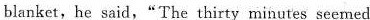
blanket,he said,"The thirty minutes seemed